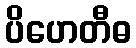
ပိဟေတီဓ